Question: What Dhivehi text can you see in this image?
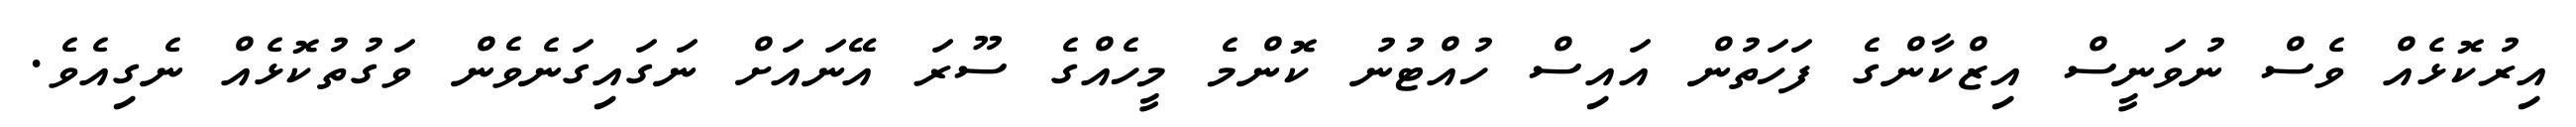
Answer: އިރުކޮޅެއް ވެސް ނުވަނީސް އިޒްކާންގެ ފަހަތުން އައިސް ހުއްޓުނު ކޮންމެ މީހެއްގެ ސޫރަ އޭނައަށް ނަގައިގަނެވެން ވަގުތުކޮޅެއް ނެގިއެވެ.